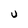
Character: U